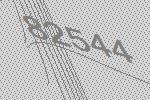
82544